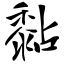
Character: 黏